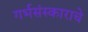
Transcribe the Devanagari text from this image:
गर्भसंस्काराचे